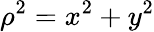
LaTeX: \rho^{2}=x^{2}+y^{2}